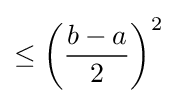
\leq \left({\frac {b-a}{2}}\right)^{2}